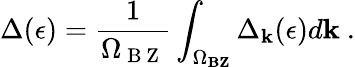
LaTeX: \Delta(\epsilon)=\frac{1}{\Omega_{\mathrm{~B~Z~}}}\int_{\Omega_{\textbf{BZ}}}\Delta_{\textbf{k}}(\epsilon)d\mathbf{k}~.